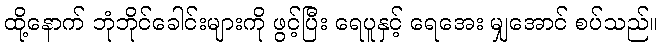
ထို့နောက် ဘုံဘိုင်ခေါင်းများကို ဖွင့်ပြီး ရေပူနှင့် ရေအေး မျှအောင် စပ်သည်။